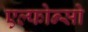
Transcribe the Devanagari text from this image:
एल्फोन्सो